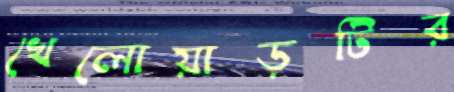
খেলোয়াড়টির